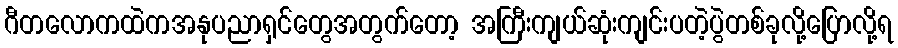
ဂီတလောကထဲကအနုပညာရှင်တွေအတွက်တော့ အကြီးကျယ်ဆုံးကျင်းပတဲ့ပွဲတစ်ခုလို့ပြောလို့ရ